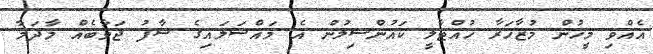
އެއްވި މީހުން މުޒާހަރާ ހުއްޓާލީ ކައުންސިލުން އެ މައްސަލައިގެ ސާފު ޖަވާބެއް މާދަމާ